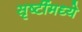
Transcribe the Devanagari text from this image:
सृष्टींमध्ये